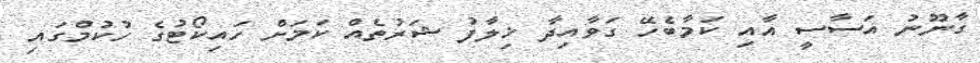
ގާނޫނު އަސާސީ އާއި ކަމާބެހޭ ގަވާއިދާ ޚިލާފު ޝަރުތެއް ކަމަށް ހައިކޯޓުގެ ހުކުމްގައި